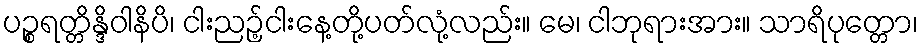
ပဉ္စရတ္တိန္ဒိဝါနိပိ၊ ငါးညဉ့်ငါးနေ့တို့ပတ်လုံ့လည်း။ မေ၊ ငါဘုရားအား။ သာရိပုတ္တော၊